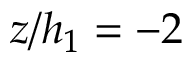
z / h _ { 1 } = - 2